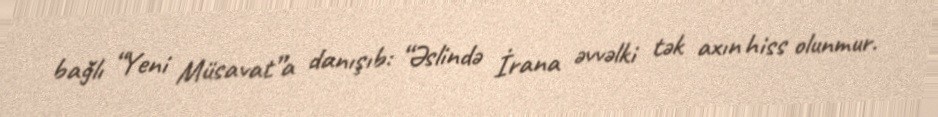
bağlı “Yeni Müsavat”a danışıb: “Əslində İrana əvvəlki tək axın hiss olunmur.